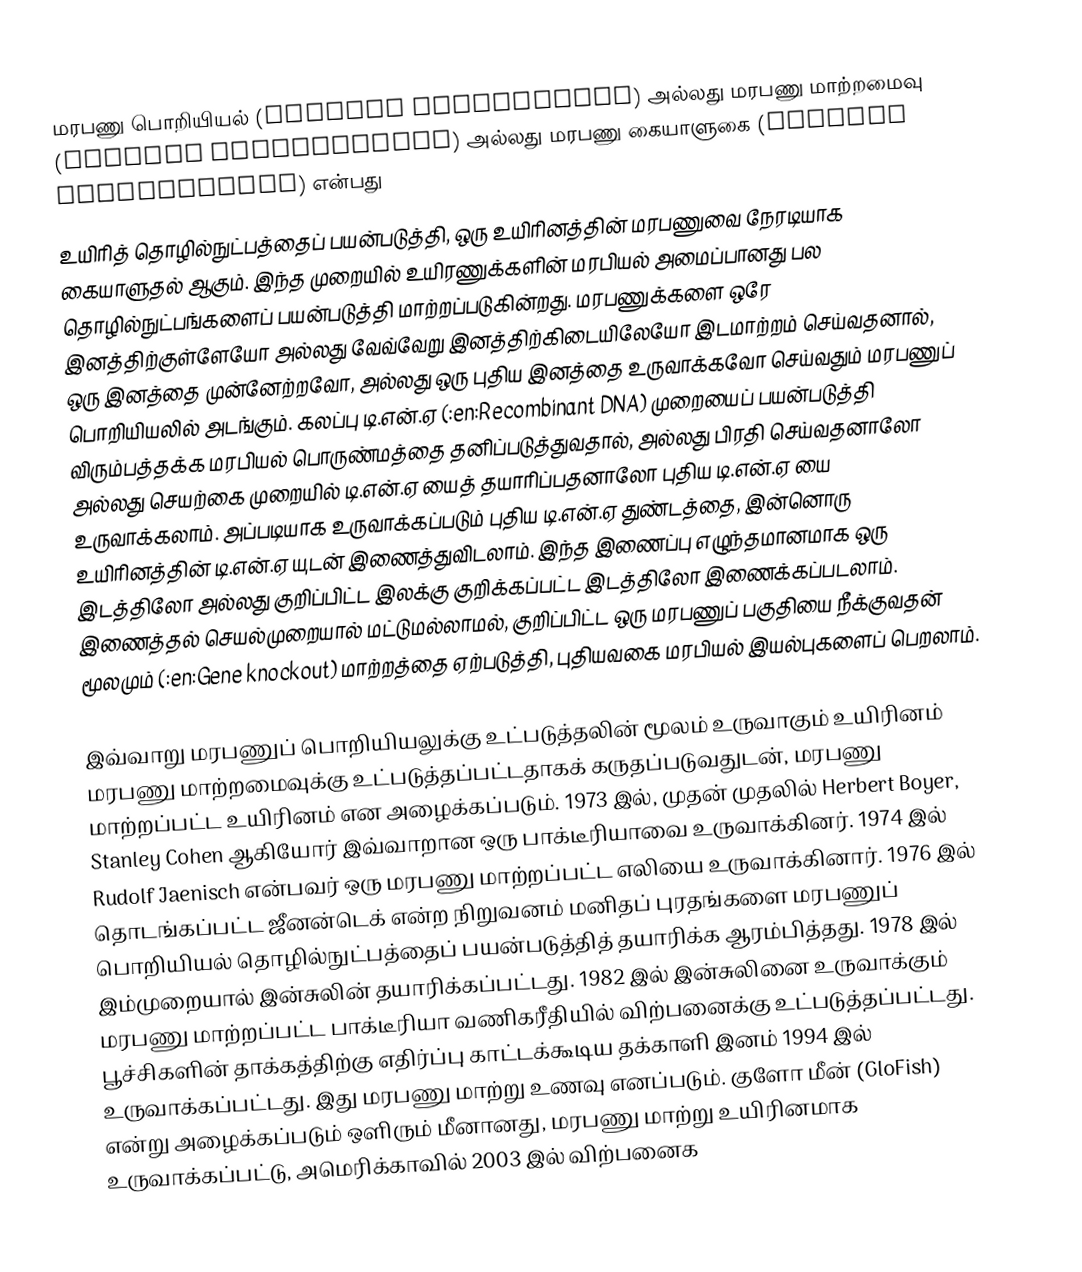
மரபணு பொறியியல் (Genetic engineering) அல்லது மரபணு மாற்றமைவு (Genetic Modification) அல்லது மரபணு கையாளுகை (Genetic manipulation) என்பது
உயிரித் தொழில்நுட்பத்தைப் பயன்படுத்தி, ஒரு உயிரினத்தின் மரபணுவை நேரடியாக கையாளுதல் ஆகும். இந்த முறையில் உயிரணுக்களின் மரபியல் அமைப்பானது பல தொழில்நுட்பங்களைப் பயன்படுத்தி மாற்றப்படுகின்றது. மரபணுக்களை ஒரே இனத்திற்குள்ளேயோ அல்லது வேவ்வேறு இனத்திற்கிடையிலேயோ இடமாற்றம் செய்வதனால், ஒரு இனத்தை முன்னேற்றவோ, அல்லது ஒரு புதிய இனத்தை உருவாக்கவோ செய்வதும் மரபணுப் பொறியியலில் அடங்கும். கலப்பு டி.என்.ஏ (:en:Recombinant DNA) முறையைப் பயன்படுத்தி விரும்பத்தக்க மரபியல் பொருண்மத்தை தனிப்படுத்துவதால், அல்லது பிரதி செய்வதனாலோ அல்லது செயற்கை முறையில் டி.என்.ஏ யைத் தயாரிப்பதனாலோ புதிய டி.என்.ஏ யை உருவாக்கலாம். அப்படியாக உருவாக்கப்படும் புதிய டி.என்.ஏ துண்டத்தை, இன்னொரு உயிரினத்தின் டி.என்.ஏ யுடன் இணைத்துவிடலாம். இந்த இணைப்பு எழுந்தமானமாக ஒரு இடத்திலோ அல்லது குறிப்பிட்ட இலக்கு குறிக்கப்பட்ட இடத்திலோ இணைக்கப்படலாம். இணைத்தல் செயல்முறையால் மட்டுமல்லாமல், குறிப்பிட்ட ஒரு மரபணுப் பகுதியை நீக்குவதன் மூலமும் (:en:Gene knockout) மாற்றத்தை ஏற்படுத்தி, புதியவகை மரபியல் இயல்புகளைப் பெறலாம்.

இவ்வாறு மரபணுப் பொறியியலுக்கு உட்படுத்தலின் மூலம் உருவாகும் உயிரினம் மரபணு மாற்றமைவுக்கு உட்படுத்தப்பட்டதாகக் கருதப்படுவதுடன், மரபணு மாற்றப்பட்ட உயிரினம் என அழைக்கப்படும். 1973 இல், முதன் முதலில் Herbert Boyer, Stanley Cohen ஆகியோர் இவ்வாறான ஒரு பாக்டீரியாவை உருவாக்கினர். 1974 இல் Rudolf Jaenisch என்பவர் ஒரு மரபணு மாற்றப்பட்ட எலியை உருவாக்கினார். 1976 இல் தொடங்கப்பட்ட ஜீனன்டெக் என்ற நிறுவனம் மனிதப் புரதங்களை மரபணுப் பொறியியல் தொழில்நுட்பத்தைப் பயன்படுத்தித் தயாரிக்க ஆரம்பித்தது. 1978 இல் இம்முறையால் இன்சுலின் தயாரிக்கப்பட்டது. 1982 இல் இன்சுலினை உருவாக்கும் மரபணு மாற்றப்பட்ட பாக்டீரியா வணிகரீதியில் விற்பனைக்கு உட்படுத்தப்பட்டது. பூச்சிகளின் தாக்கத்திற்கு எதிர்ப்பு காட்டக்கூடிய தக்காளி இனம் 1994 இல் உருவாக்கப்பட்டது. இது மரபணு மாற்று உணவு எனப்படும். குளோ மீன் (GloFish) என்று அழைக்கப்படும் ஒளிரும் மீனானது, மரபணு மாற்று உயிரினமாக உருவாக்கப்பட்டு, அமெரிக்காவில் 2003 இல் விற்பனைக